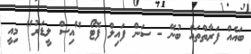
ބައެއް ފަރާތްތައް ބުނޭ - ސަން ފައިލް ފޮޓޯ "އިސް ލީޑަރު" މިއީ